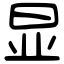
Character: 显